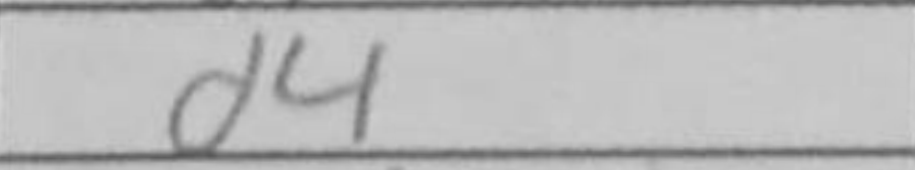
Transcription: d4